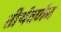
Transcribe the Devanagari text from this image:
तीर्थवर्णन